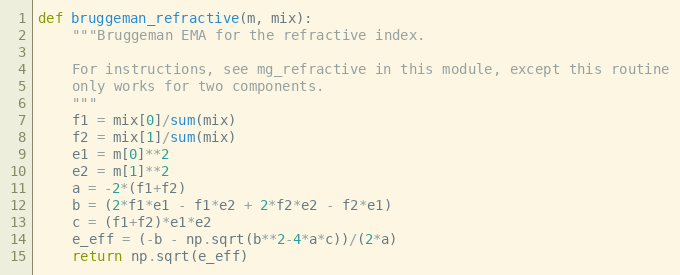
Language: Python
def bruggeman_refractive(m, mix):
    """Bruggeman EMA for the refractive index.

    For instructions, see mg_refractive in this module, except this routine
    only works for two components.
    """
    f1 = mix[0]/sum(mix)
    f2 = mix[1]/sum(mix)
    e1 = m[0]**2
    e2 = m[1]**2
    a = -2*(f1+f2)
    b = (2*f1*e1 - f1*e2 + 2*f2*e2 - f2*e1)
    c = (f1+f2)*e1*e2
    e_eff = (-b - np.sqrt(b**2-4*a*c))/(2*a)
    return np.sqrt(e_eff)